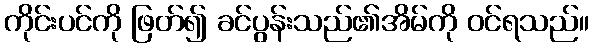
ကိုင်းပင်ကို ဖြတ်၍ ခင်ပွန်းသည်၏အိမ်ကို ဝင်ရသည်။